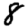
Digit: 8